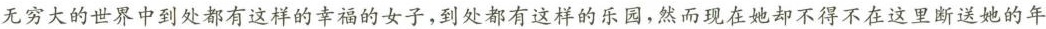
无穷大的世界中到处都有这样的幸福的女子，到处都有这样的乐园，然而现在她却不得不在这里断送她的年